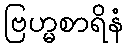
ဗြဟ္မစာရိနံ